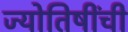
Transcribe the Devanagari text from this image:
ज्योतिषींची